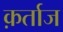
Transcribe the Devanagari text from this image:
क़र्ताज